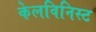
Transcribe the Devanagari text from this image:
केलविनिस्ट